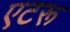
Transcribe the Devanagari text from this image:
एटरू